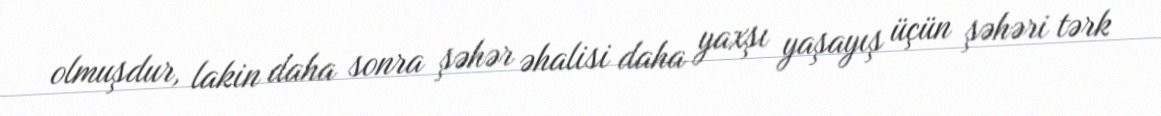
olmuşdur, lakin daha sonra şəhər əhalisi daha yaxşı yaşayış üçün şəhəri tərk